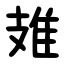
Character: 䧴